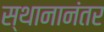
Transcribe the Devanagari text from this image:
स्थानानंतर